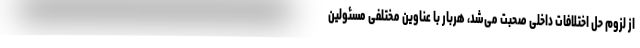
از لزوم حل اختلافات داخلی صحبت می‌شد، هربار با عناوین مختلفی مسئولین